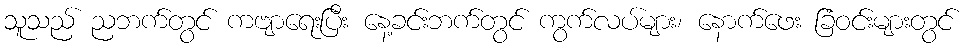
သူသည် ညဘက်တွင် ကဗျာရေးပြီး နေ့ခင်းဘက်တွင် ကွက်လပ်များ၊ နောက်ဖေး ခြံဝင်းများတွင်